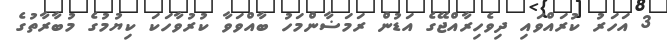
3 އަހަރު ކުރައްވައި ދިވެހިރާއްޖޭގެ އަޑުން ރަމަޟާންމަހު ބާއްވަވާ ކުރުވާހަކަ ކިޔުމުގެ މުބާރާތުގެ